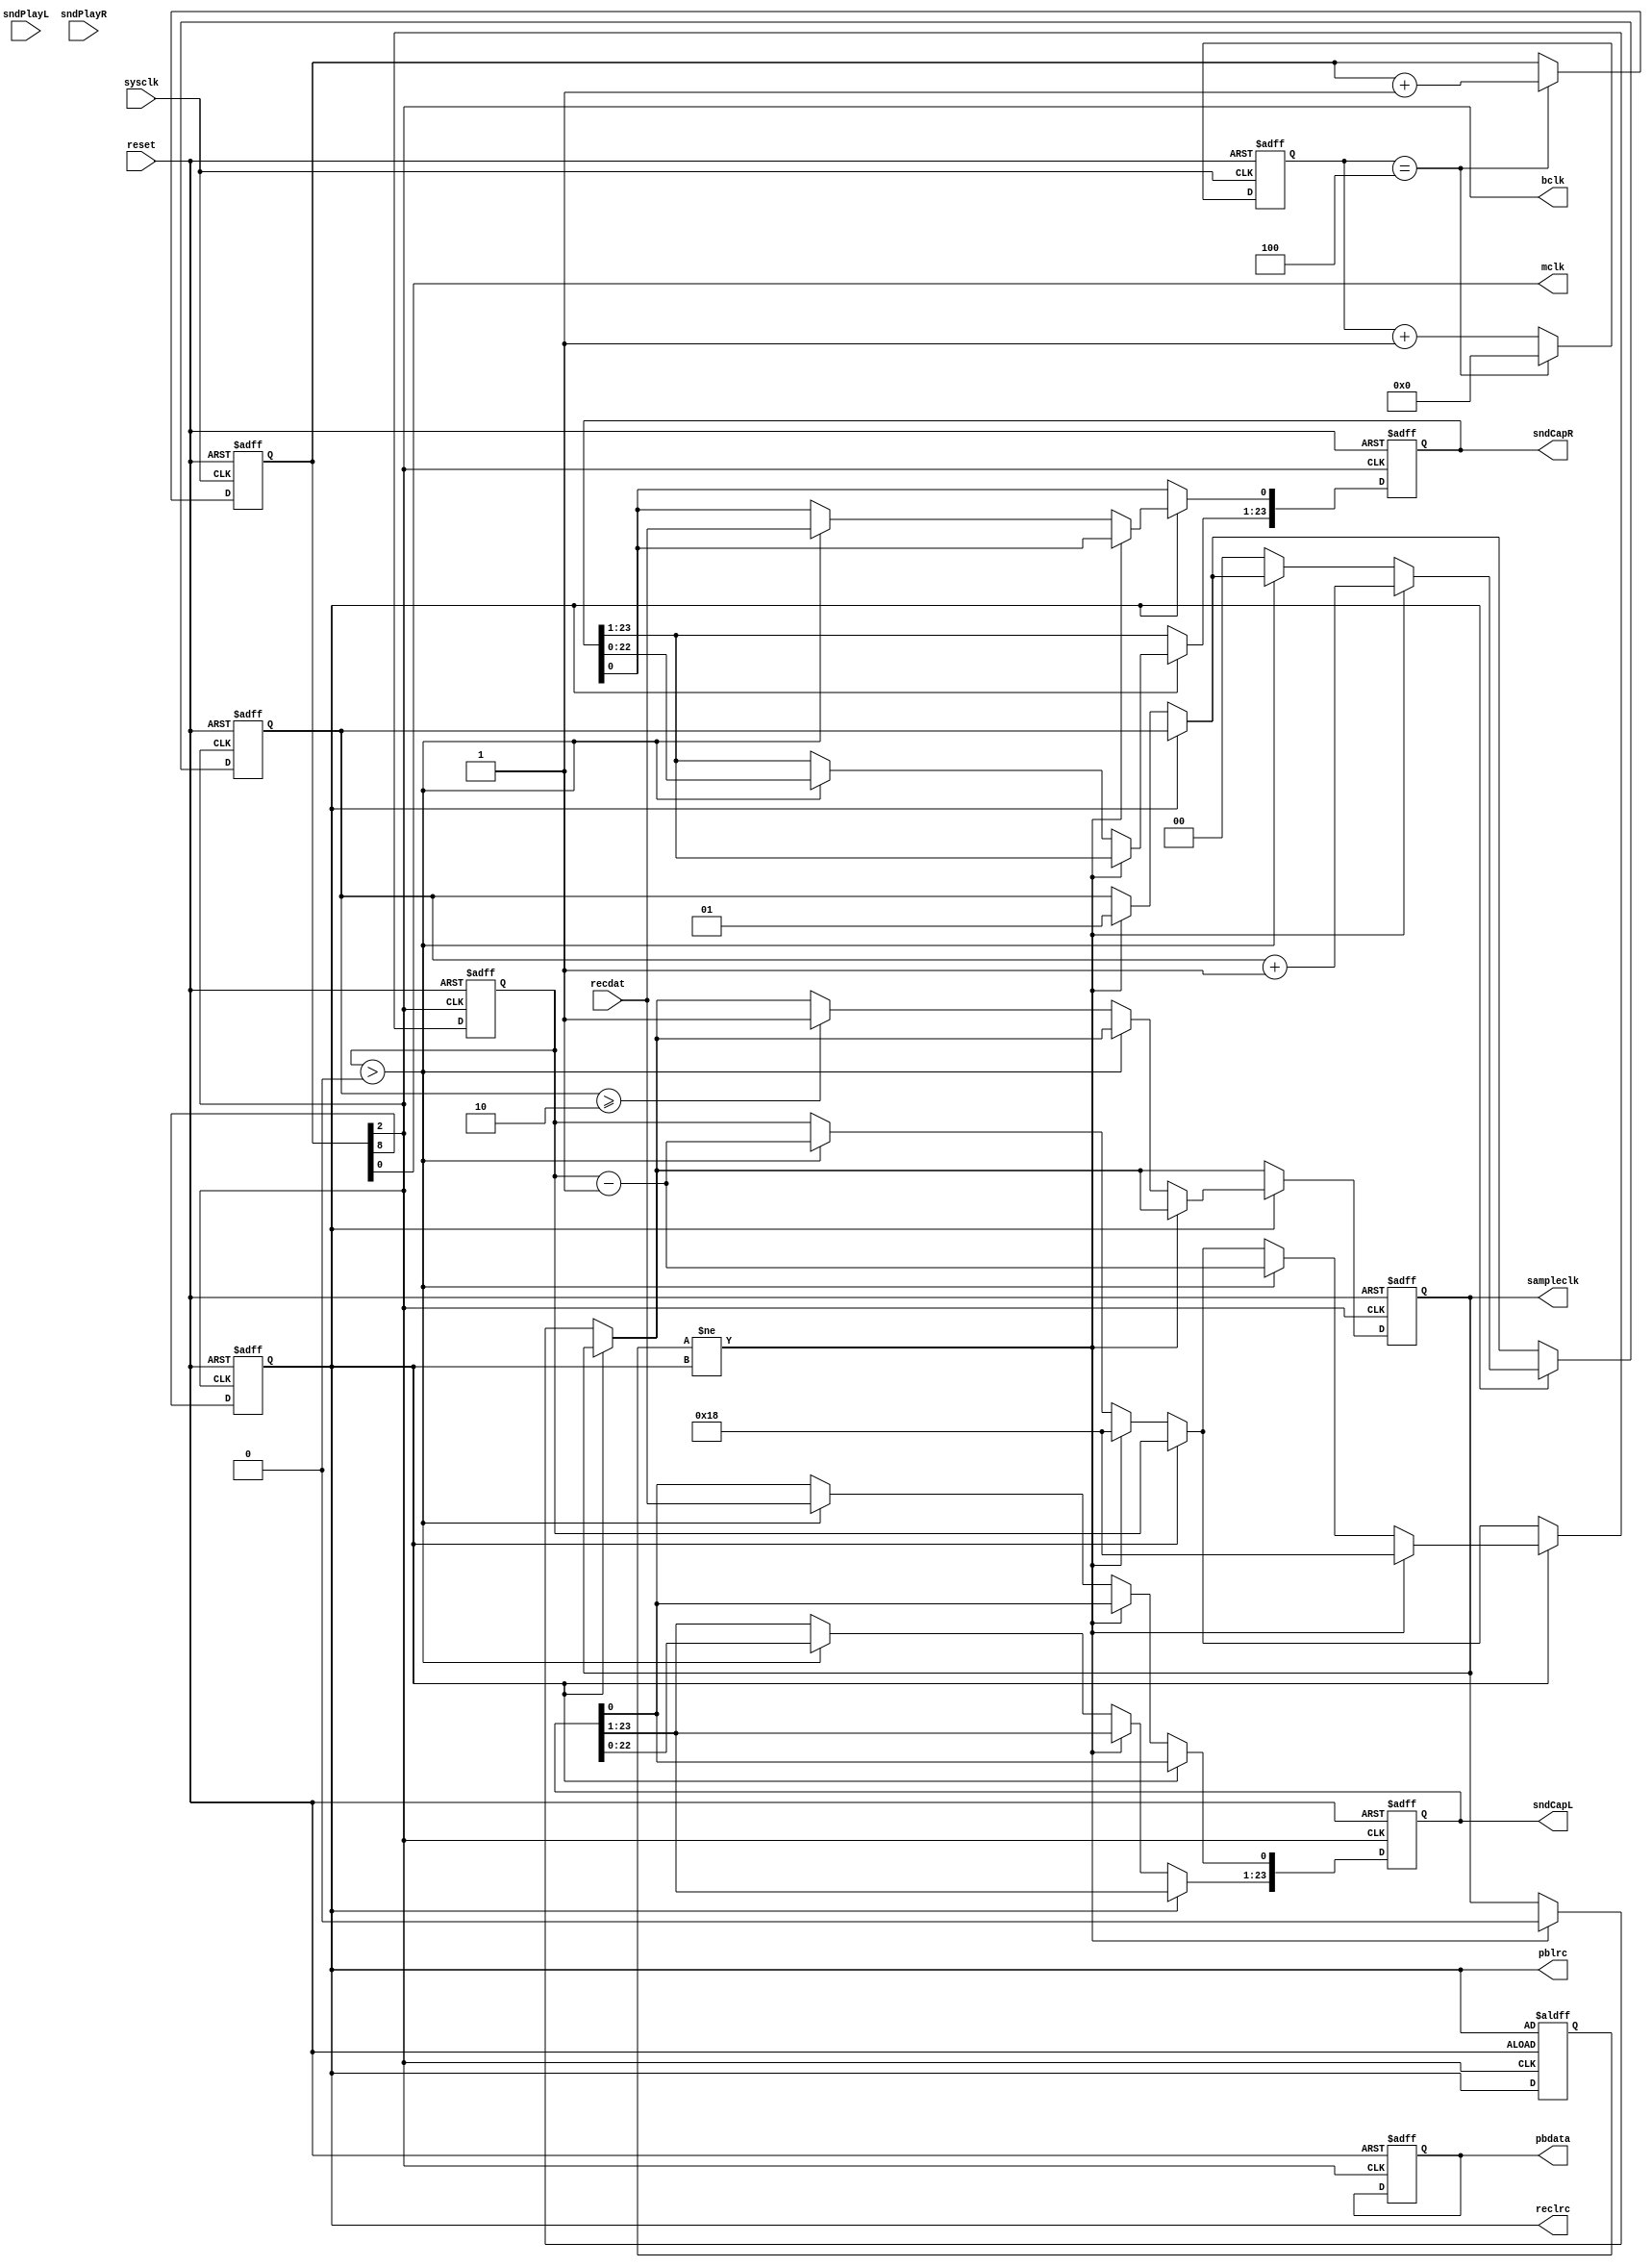
`timescale 1ns / 1ps
//////////////////////////////////////////////////////////////////////////////////
// Company: 
// Engineer: 
// 
// Design Name: 
// Module Name:    I2S 
// Project Name: 
// Target Devices: 
// Tool versions: 
// Description: 
//
// Dependencies: 
//
// Revision: 
// Revision 0.01 - File Created
// Additional Comments: 
//
//////////////////////////////////////////////////////////////////////////////////
module I2S(
		output wire bclk,
		output reg pbdata,
		output wire pblrc,
		input recdat,
		output wire reclrc,
		output wire mclk,
		input  sysclk,
		input  reset,
		output reg [23:0] sndCapL,
		output reg [23:0] sndCapR,
		input  [23:0] sndPlayL,
		input  [23:0] sndPlayR,
		output reg sampleclk
    );


reg frameclk;
assign pblrc  = frameclk;
assign reclrc = frameclk;

reg [3:0] clockdiv;
reg [8:0] clockcounter;

always @(posedge sysclk or posedge reset)
begin
	if(reset)
	begin
		clockdiv     <= 4'd0;
		clockcounter <= 4'b0;
	end
	else
	begin
		if(clockdiv == 4'd4)
		begin
			clockdiv     <= 4'b0;
			clockcounter <= clockcounter+4'b1;
		end
		else
		begin
			clockdiv <= clockdiv + 1;
		end
	end
	
end

assign mclk = clockcounter[0];
assign bclk = clockcounter[2];
wire lr;
assign lr = clockcounter[8];
reg os;

//always @(negedge bclk or posedge reset) begin
//	if(reset) begin
//		os <= lr;
//		frameclk <= 1;
//	end else begin
//		frameclk <= ( (os ^ lr)&lr );
//		os <= lr;
//	end
//end

always @(negedge bclk or posedge reset) begin
	if(reset) begin
		frameclk <= 1;
	end else begin
		frameclk <= lr;
	end
end

//
/*reg [5:0]st;
reg [5:0] countLeft;
reg [5:0] countRight;

reg [23:0] shiftRegLeft;
reg [23:0] shiftRegRight;
*/
reg [5:0] counter;
/*// receiver version one
always @(posedge bclk or posedge reset) begin
	if(reset) begin
		os <= frameclk;
		countLeft  <= 24;
		countRight <= 24;
		shiftRegLeft   <= sndPlayL;
		shiftRegRight  <= sndPlayR;
		sndCapL <= 24'd0;
		sndCapR <= 24'd0;
	end else begin
		os <= frameclk;
		
		if( os == frameclk && !frameclk ) begin
			reclrc <= 0;
			
			if(countLeft>0) begin
				countLeft <= countLeft-1;
				pbdata <= shiftRegLeft[23];
				shiftRegLeft[23:1] <= shiftRegLeft[22:0];
				sndCapL[0]    <= shiftRegLeft[23];
				sndCapL[23:1] <= sndCapL[22:0];
			end
			
		end else begin
			shiftRegLeft  <= sndPlayL;
			countLeft <= 24;
		end
		
		if( os == frameclk && frameclk ) begin
			reclrc <= 1;
			if(countRight>0) begin
				countRight <= countRight-1;
				pbdata <= shiftRegRight[23];
				shiftRegRight[23:1] <= shiftRegRight[22:0];
				sndCapR[0] <= shiftRegRight[23];
				sndCapR[23:1] <= sndCapR[22:0];
				
			end			
			
		end else begin
			shiftRegRight  <= sndPlayR;
			countRight <= 24;
		end
	end	
end
*/

reg [1:0] valid;
// receiver version two
always @(posedge bclk or posedge reset) begin
	if(reset) begin
		pbdata <= 0;
		os <= frameclk;
		counter  <= 0;
		sndCapL <= 24'd0;
		sndCapR <= 24'd0;
		sampleclk <= 0;
		valid <= 0;
	end else begin
		os <= frameclk;
		if(!frameclk) begin
			if( os!=frameclk ) begin
				counter<=24;
				sampleclk <= 0;
				valid <= 1;
			end else if( counter>0 ) begin
				counter <= counter - 1;
				sndCapL[0]    <= recdat;
				sndCapL[23:1] <= sndCapL[22:0];				
			end
		end
		
		if(frameclk) begin
			if( os!=frameclk ) begin
				counter<=24;
				valid <= valid + 1;
			end else if(counter>0) begin
				counter <= counter - 1;
				sndCapR[0]    <= recdat;
				sndCapR[23:1] <= sndCapR[22:0];				
			end else begin
				if(valid>=2) begin
					sampleclk <= 1;
				end
				valid <= 0;
			end
		end
		
	end	
end


endmodule